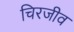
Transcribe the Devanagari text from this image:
चिरजीव